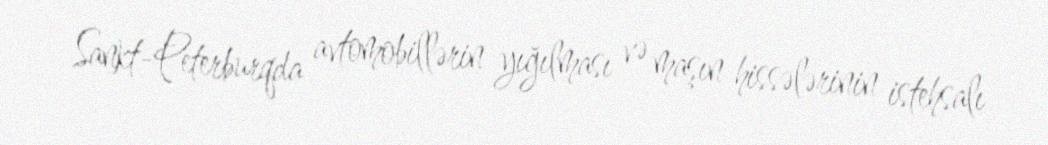
Sankt-Peterburqda avtomobillərin yığılması və maşın hissələrinin istehsalı